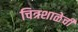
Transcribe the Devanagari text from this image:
चित्रशाळेची